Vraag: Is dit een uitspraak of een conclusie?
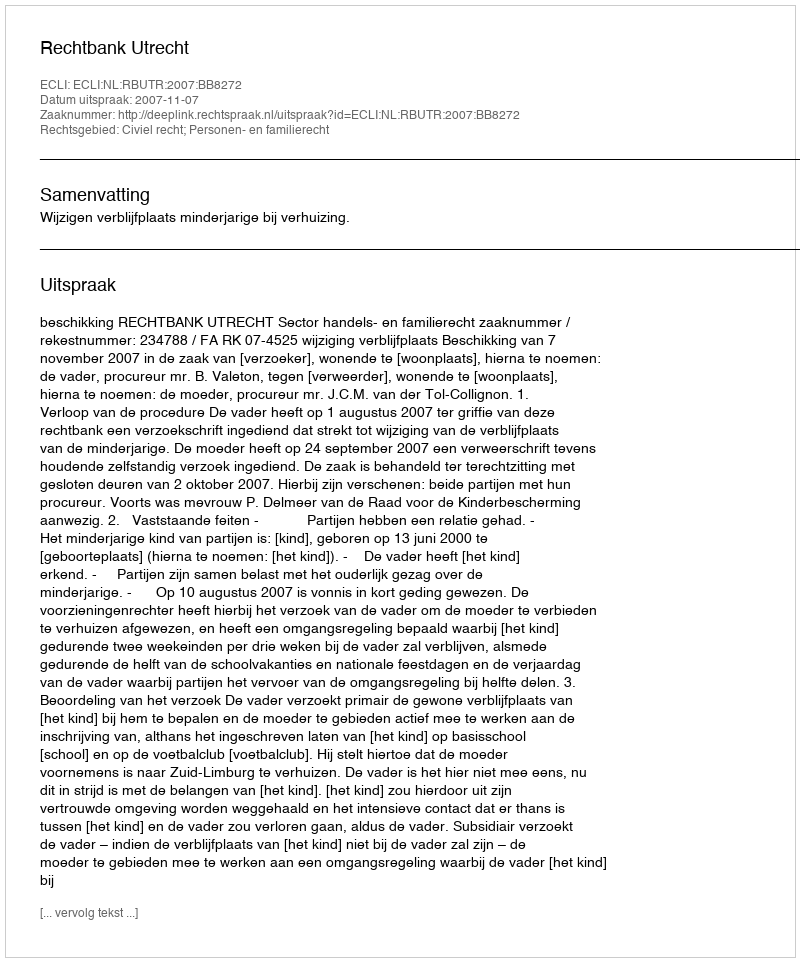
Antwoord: Uitspraak